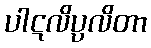
ပါဋလိပ္ပလိတာ